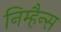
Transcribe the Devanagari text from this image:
निम्हैन्स